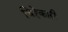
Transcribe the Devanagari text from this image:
चिट्ठेकारी